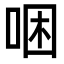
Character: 𠳁